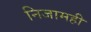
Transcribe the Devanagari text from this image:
निजामही